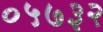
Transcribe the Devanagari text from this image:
०५७३२